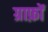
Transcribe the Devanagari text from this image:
ग्राफ़ों